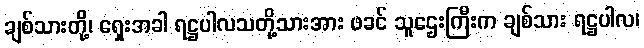
ချစ်သားတို့၊ ရှေးအခါ ရဋ္ဌပါလသတို့သားအား ဖခင် သူဌေးကြီးက ချစ်သား ရဋ္ဌပါလ၊